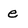
Character: e